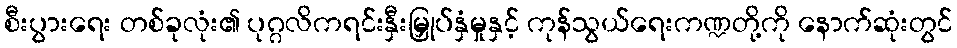
စီးပွားရေး တစ်ခုလုံး၏ ပုဂ္ဂလိကရင်းနှီးမြှုပ်နှံမှုနှင့် ကုန်သွယ်ရေးကဏ္ဍတို့ကို နောက်ဆုံးတွင်